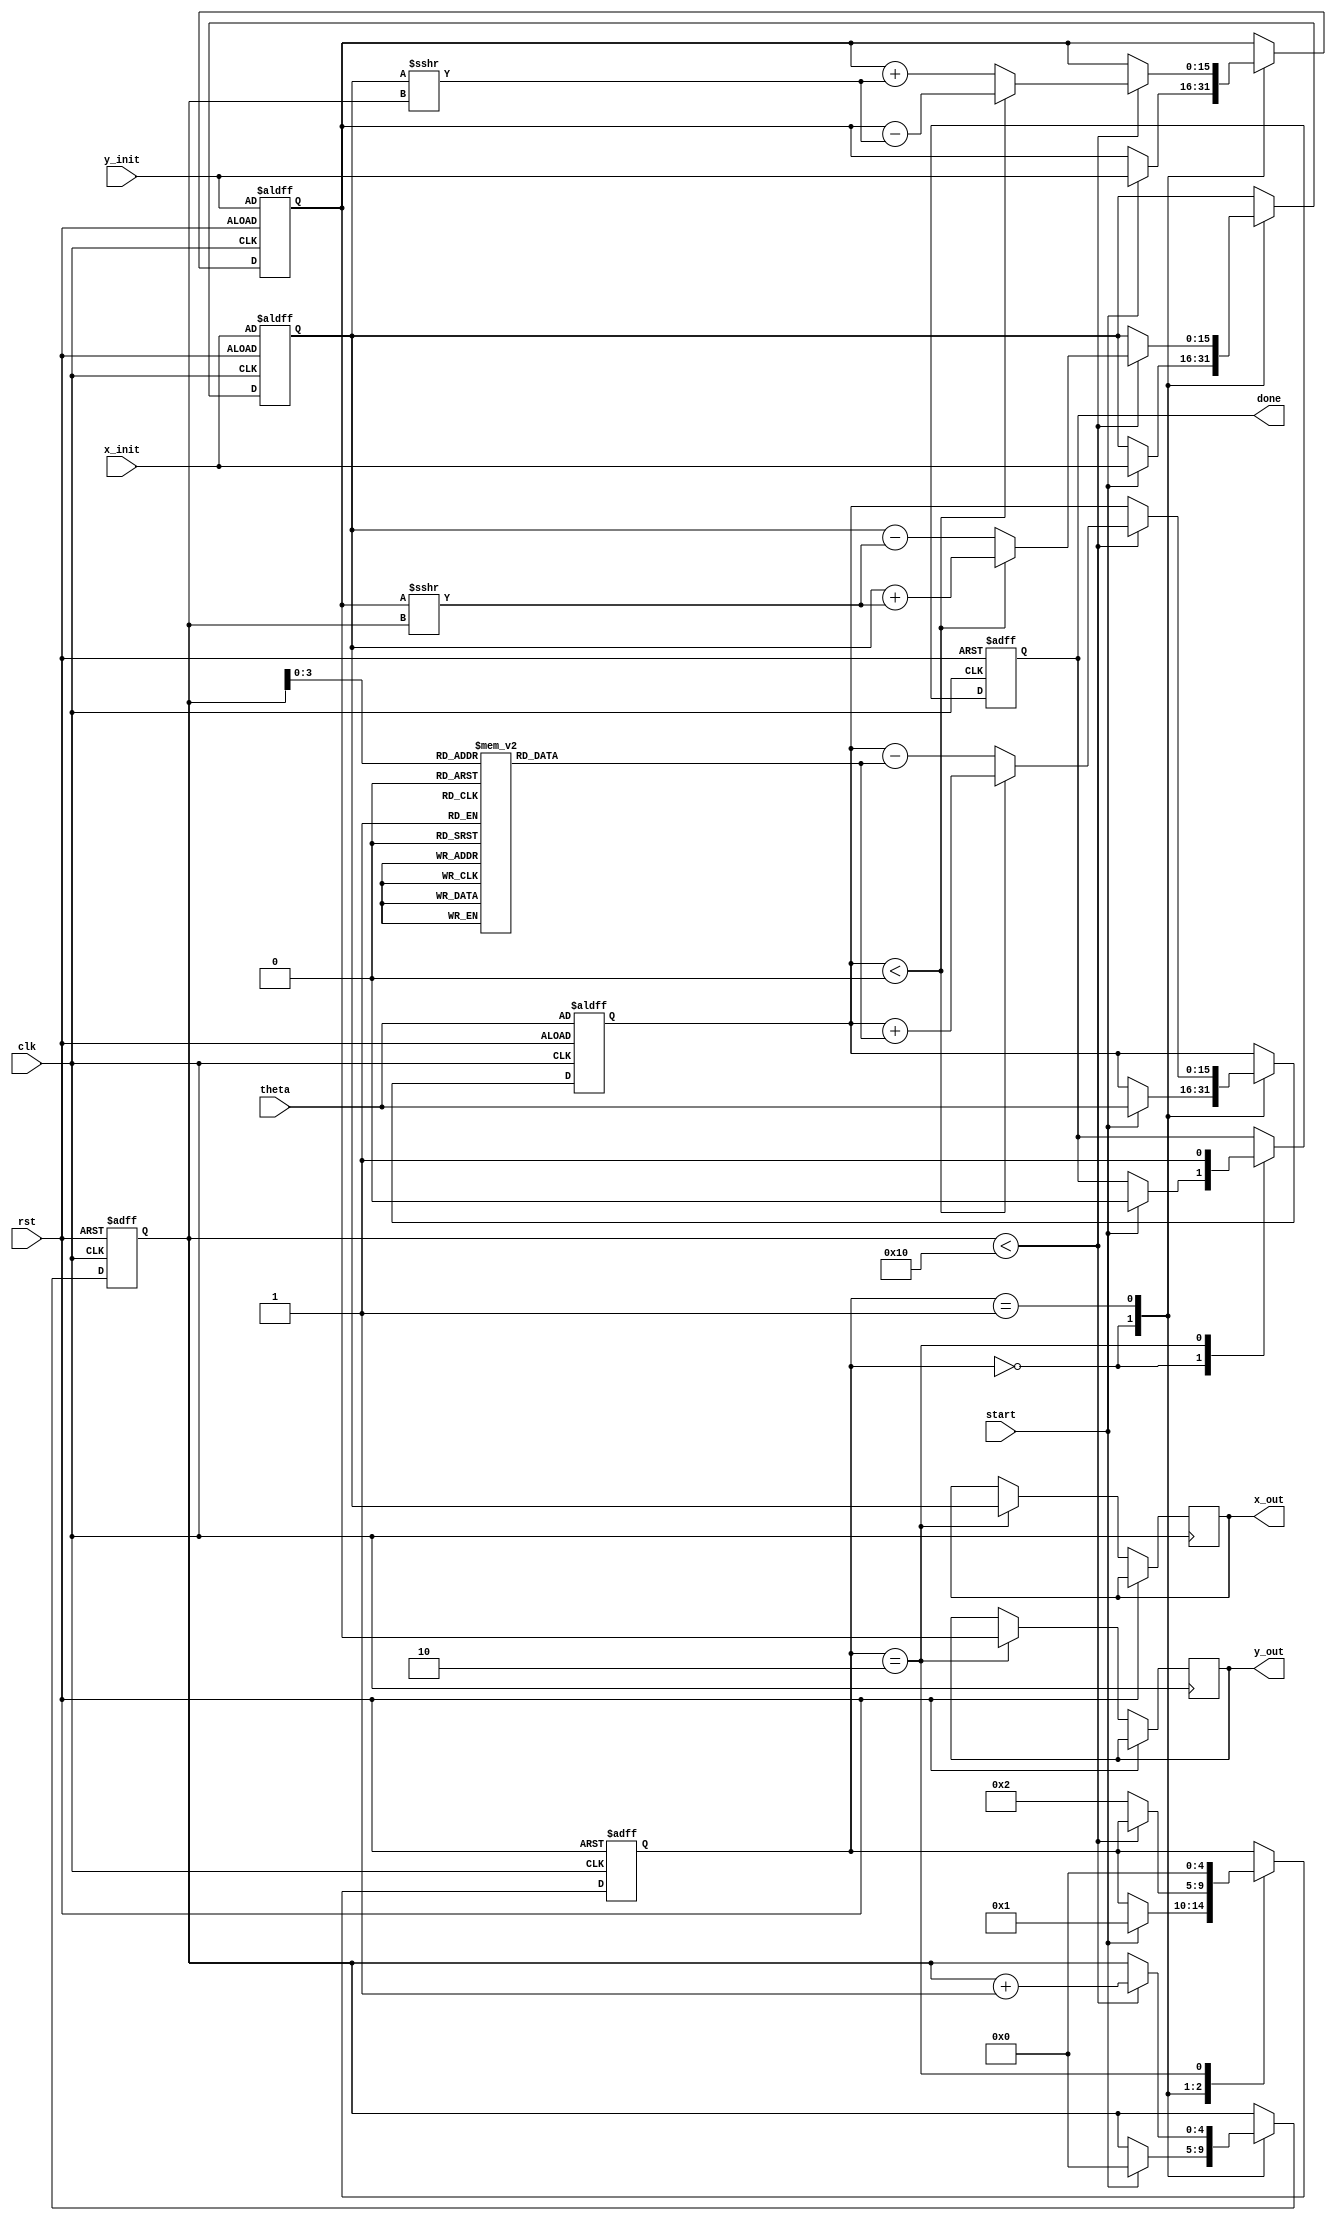
module modified_cordic #(
    parameter DATA_WIDTH = 16, // Input data width
    parameter ITERATIONS = 16   // Number of iterations
)(
    input wire clk,             // Clock signal
    input wire rst,             // Reset signal
    input wire start,           // Start signal
    input wire signed [DATA_WIDTH-1:0] theta, // Input angle in radians
    input wire signed [DATA_WIDTH-1:0] x_init, // Initial X vector
    input wire signed [DATA_WIDTH-1:0] y_init, // Initial Y vector
    output reg signed [DATA_WIDTH-1:0] x_out,  // Output X coordinate
    output reg signed [DATA_WIDTH-1:0] y_out,  // Output Y coordinate
    output reg done             // Done signal
);

    // Internal signals
    reg [4:0] state;            // State variable
    reg [4:0] iteration_count;  // Iteration counter
    reg signed [DATA_WIDTH-1:0] x; // Current X value
    reg signed [DATA_WIDTH-1:0] y; // Current Y value
    reg signed [DATA_WIDTH-1:0] z; // Current angle value
    reg signed [DATA_WIDTH-1:0] angle_table [0:ITERATIONS-1]; // Pre-computed arctangent values

    // Initialize arctangent values (in fixed-point representation)
    initial begin
        angle_table[0] = 16'h26DD; // atan(2^-0)
        angle_table[1] = 16'h1C71; // atan(2^-1)
        angle_table[2] = 16'h14D5; // atan(2^-2)
        angle_table[3] = 16'h0D8A; // atan(2^-3)
        angle_table[4] = 16'h05B6; // atan(2^-4)
        angle_table[5] = 16'h02D9; // atan(2^-5)
        angle_table[6] = 16'h0162; // atan(2^-6)
        angle_table[7] = 16'h00B5; // atan(2^-7)
        angle_table[8] = 16'h0052; // atan(2^-8)
        angle_table[9] = 16'h0029; // atan(2^-9)
        angle_table[10] = 16'h0014; // atan(2^-10)
        angle_table[11] = 16'h000A; // atan(2^-11)
        angle_table[12] = 16'h0005; // atan(2^-12)
        angle_table[13] = 16'h0002; // atan(2^-13)
        angle_table[14] = 16'h0001; // atan(2^-14)
        angle_table[15] = 16'h0000; // atan(2^-15)
    end

    // State machine for CORDIC operation
    always @(posedge clk or posedge rst) begin
        if (rst) begin
            state <= 0;
            iteration_count <= 0;
            x <= x_init;
            y <= y_init;
            z <= theta;
            done <= 0;
        end else begin
            case (state)
                0: begin // Initialization state
                    if (start) begin
                        x <= x_init;
                        y <= y_init;
                        z <= theta;
                        iteration_count <= 0;
                        done <= 0;
                        state <= 1; // Move to iteration state
                    end
                end
                1: begin // Iteration state
                    if (iteration_count < ITERATIONS) begin
                        if (z < 0) begin // Clockwise rotation
                            x <= x + (y >>> iteration_count);
                            y <= y - (x >>> iteration_count);
                            z <= z + angle_table[iteration_count];
                        end else begin // Counterclockwise rotation
                            x <= x - (y >>> iteration_count);
                            y <= y + (x >>> iteration_count);
                            z <= z - angle_table[iteration_count];
                        end
                        iteration_count <= iteration_count + 1;
                    end else begin
                        state <= 2; // Move to completion state
                    end
                end
                2: begin // Completion state
                    x_out <= x; // Output final X
                    y_out <= y; // Output final Y
                    done <= 1;  // Signal completion
                    state <= 0; // Go back to initialization
                end
            endcase
        end
    end

endmodule